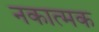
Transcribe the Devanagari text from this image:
नकात्मक